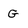
Character: G